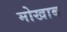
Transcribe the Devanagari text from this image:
मोखाब